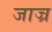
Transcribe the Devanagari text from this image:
जाज्र